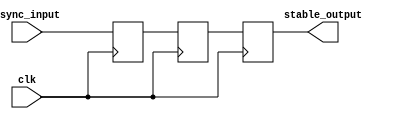
module metastability_filter (
    input wire clk,              // Clock signal
    input wire async_input,      // Asynchronous input signal
    output reg stable_output      // Stable output signal
);

    // Internal signals for the flip-flops
    reg ff1_out; // Output of the first flip-flop
    reg ff2_out; // Output of the second flip-flop

    // First flip-flop: samples the asynchronous input
    always @(posedge clk) begin
        ff1_out <= async_input; // Sample the asynchronous input
    end

    // Second flip-flop: samples the output of the first flip-flop
    always @(posedge clk) begin
        ff2_out <= ff1_out; // Sample the output of the first flip-flop
    end

    // Assign the stable output from the second flip-flop
    always @(posedge clk) begin
        stable_output <= ff2_out; // Final stable output
    end

endmodule